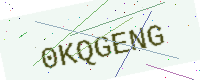
Text: 0KQGENG